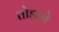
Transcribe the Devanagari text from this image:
तोडाने